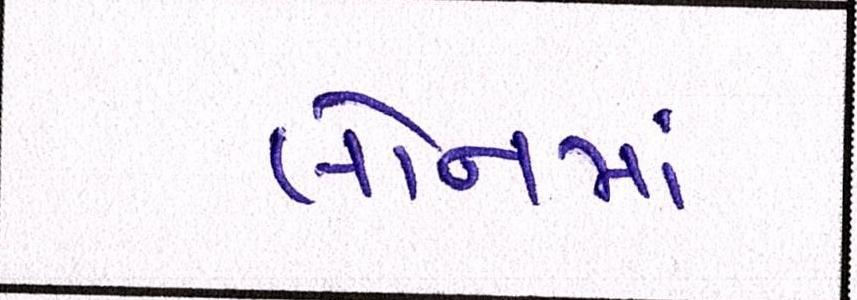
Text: લોનમાં